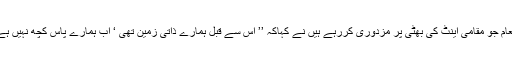
انعام جو مقامی اینٹ کی بھٹی پر مزدوری کررہے ہیں نے کہاکہ ’’ اس سے قبل ہمارے ذاتی زمین تھی ‘ اب ہمارے پاس کچھ نہیں ہے۔